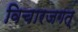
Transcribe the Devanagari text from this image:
विचारजगत्‌